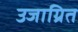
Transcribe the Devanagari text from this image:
उजाग्रित